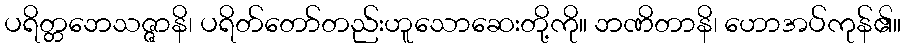
ပရိတ္တဘေသဇ္ဇာနိ၊ ပရိတ်တော်တည်းဟူသောဆေးတို့ကို။ ဘဏိတာနိ၊ ဟောအပ်ကုန်၏။